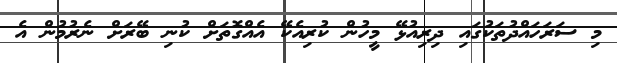
މި ސަރަހައްދުތަކުގައި ދިރިއުޅޭ މީހުން ކުރިއެކޭ އެއްގޮތަށް ކުނި ބޭރަށް ނެރުމުން އެ